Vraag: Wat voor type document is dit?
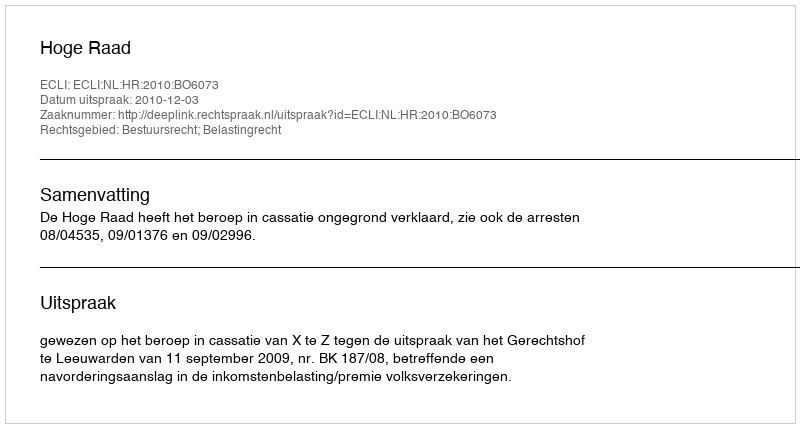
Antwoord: Uitspraak